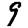
Digit: 9